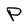
Character: P